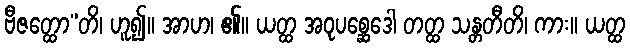
ဗီဇတ္ထော”တိ၊ ဟူ၍။ အာဟ၊ ၏။ ယတ္ထ အဝုပစ္ဆေဒေါ တတ္ထ သန္တတီတိ၊ ကား။ ယတ္ထ